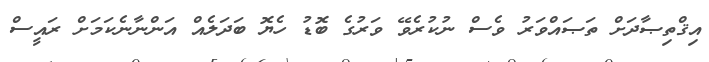
އިޤްތިޞާދަށް ތަޞައްވަރު ވެސް ނުކުރެވޭ ވަރުގެ ބޮޑު ހެޔޮ ބަދަލެއް އަންނާނެކަމަށް ރައީސް